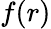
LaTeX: f(r)